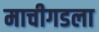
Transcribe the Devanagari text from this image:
माचीगडला